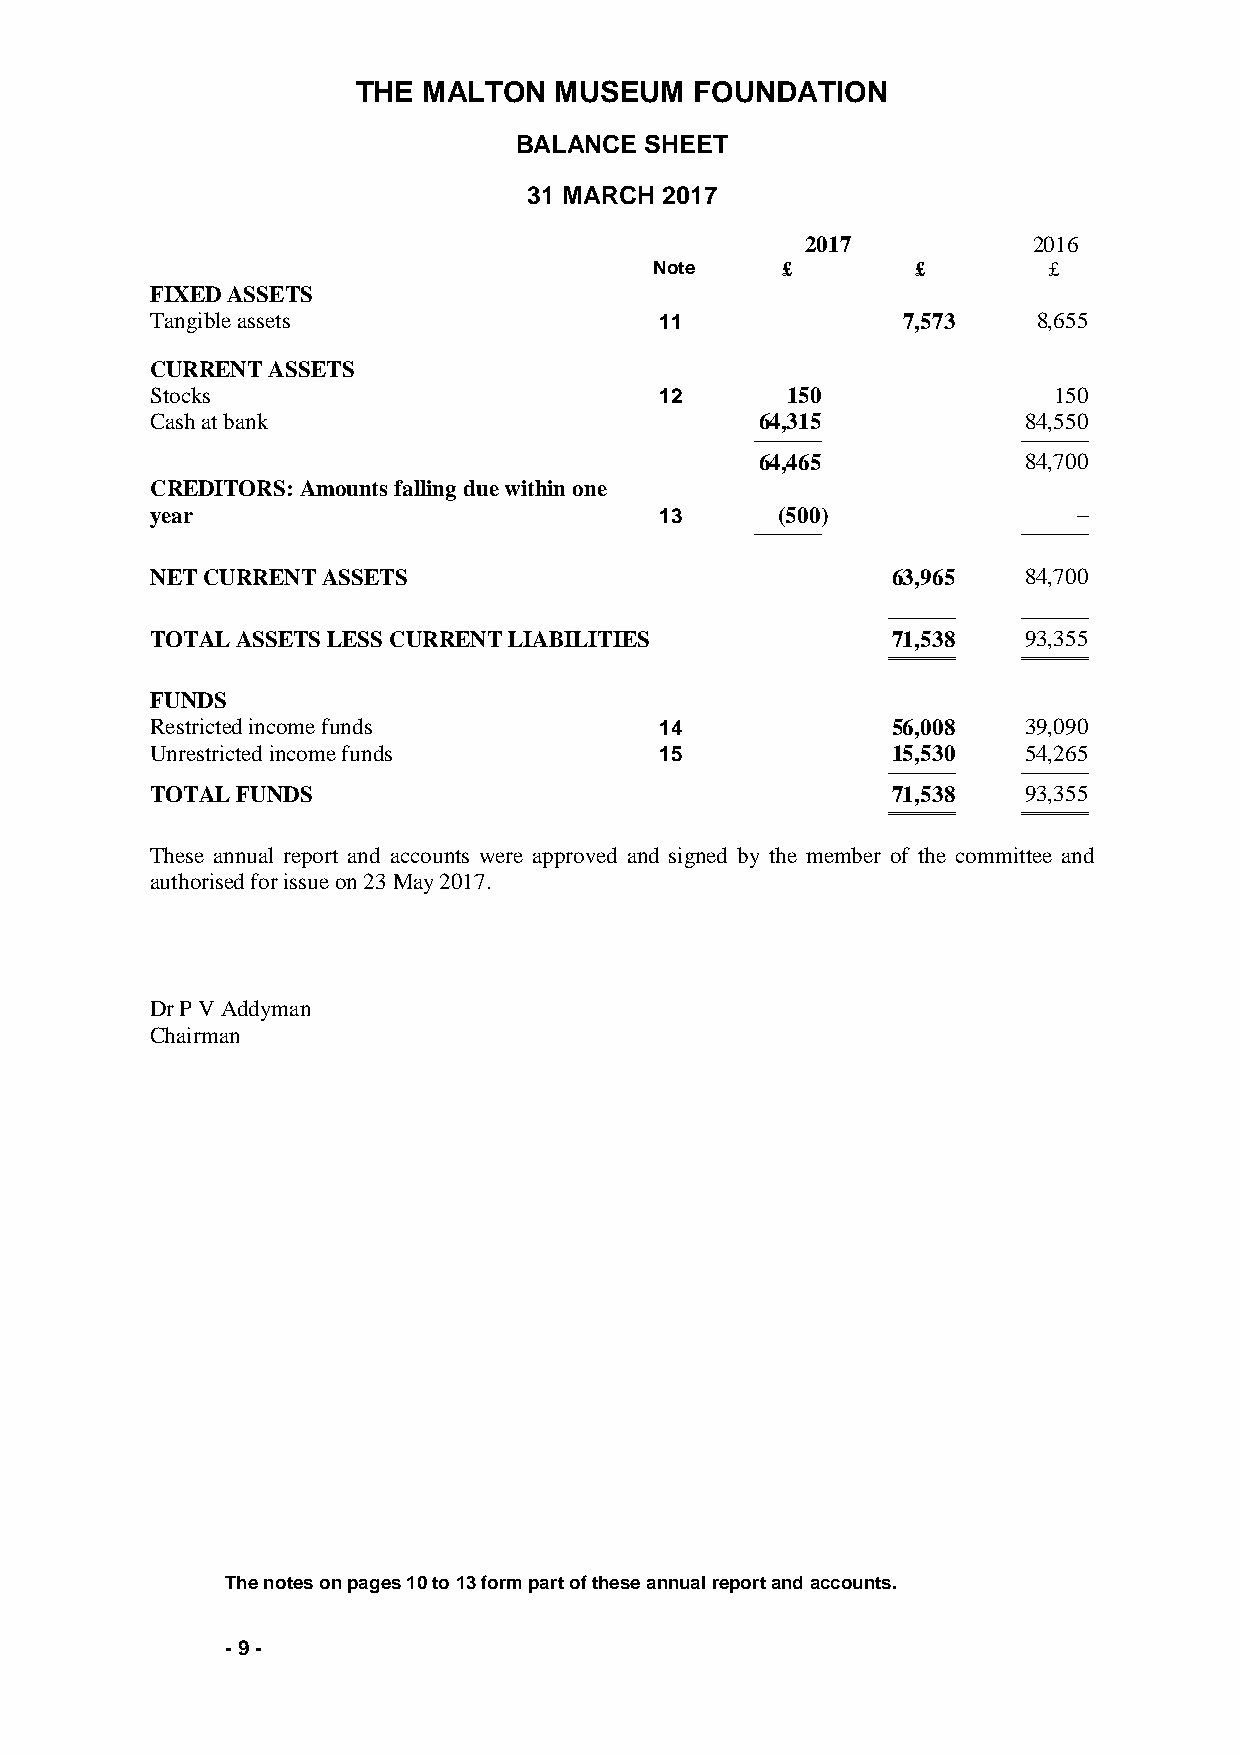
THE MALTON   MUSEUM   FOUNDATION
 BALANCE  SHEET
 31 MARCH 2017
 2017           2016
 Note     £        £       £
 FIXED ASSETS
 Tangible assets                   11              7,573    8,655
 CURRENT ASSETS
 Stocks                            12      150               150
 Cash at bank                            64,315            84,550
 ─────────         ─────────
 64,465            84,700
 CREDITORS: Amounts falling due within one
 year                              13      (500)              –
 ─────────         ─────────
 NET CURRENT ASSETS                               63,965   84,700
 ───────── ─────────
 TOTAL ASSETS LESS CURRENT LIABILITIES            71,538   93,355
 ═════════ ═════════
 FUNDS
 Restricted income funds           14             56,008   39,090
 Unrestricted income funds         15             15,530   54,265
 ───────── ─────────
 TOTAL FUNDS                                      71,538   93,355
 ═════════ ═════════
 These annual report and accounts were approved and signed by the member of the committee and
 authorised for issue on 23 May 2017.
 Dr P V Addyman
 Chairman
 The notes on pages 10 to 13 form part of these annual report and accounts.
 - 9 -